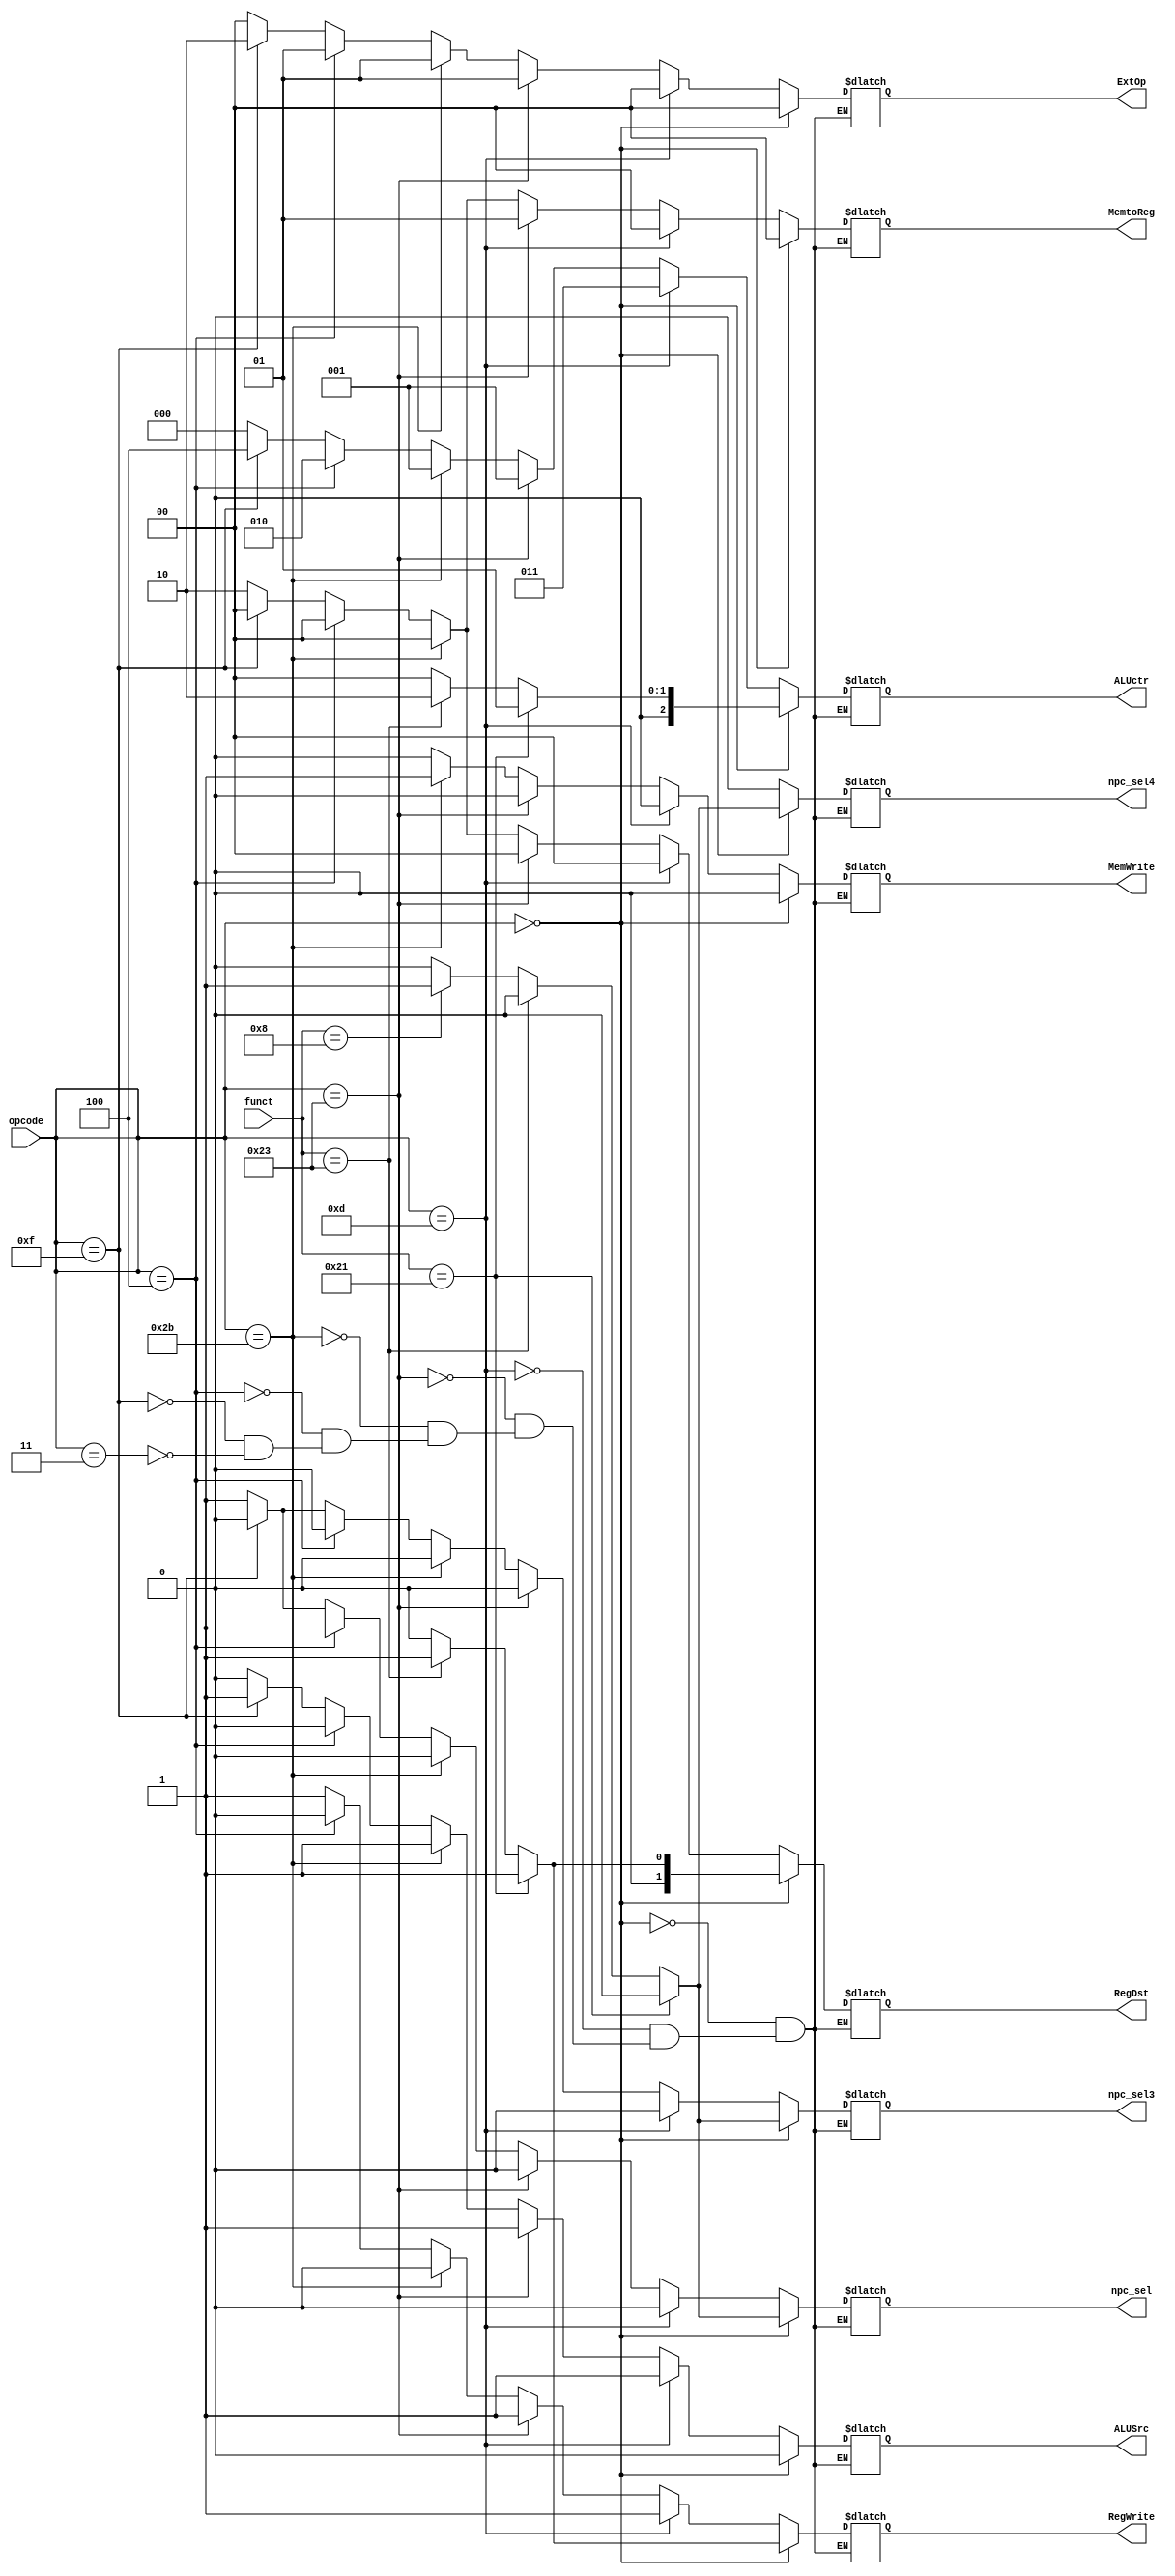
`timescale 1ns / 1ps
//////////////////////////////////////////////////////////////////////////////////
// Company: 
// Engineer: 
// 
// Design Name: 
// Module Name:    control 
// Project Name: 
// Target Devices: 
// Tool versions: 
// Description: 
//
// Dependencies: 
//
// Revision: 
// Revision 0.01 - File Created
// Additional Comments: 
//
//////////////////////////////////////////////////////////////////////////////////
module Control(opcode,funct,RegDst,ALUSrc,MemtoReg,RegWrite,MemWrite,npc_sel,ExtOp,ALUctr,npc_sel3,npc_sel4);
	input [5:0] opcode;
	input [5:0] funct;
	output [1:0] RegDst;
	output ALUSrc;
	output [1:0]MemtoReg;
	output RegWrite;
	output MemWrite;
	output npc_sel;
	output[1:0]ExtOp;
	output [2:0]ALUctr;
	output npc_sel3;
	output npc_sel4;
	reg [1:0] regdst1;
	reg alusrc1;
	reg [1:0]memtoreg1;
	reg regwrite1;
	reg memwrite1;
	reg pc1;
	reg [1:0] extop1;
	reg [2:0] aluctr1;
	reg pc2;
	reg pc3;
	initial begin
		regdst1=0;
		alusrc1=0;
		memtoreg1=0;
		regwrite1=0;
		memwrite1=0;
		pc1=0;
		extop1=0;
		aluctr1=0;
		pc2=0;
		pc3=0;
	end
	assign RegDst=regdst1;
	assign ALUSrc=alusrc1;
	assign MemtoReg= memtoreg1;
	assign RegWrite=regwrite1;
	assign MemWrite=memwrite1;
	assign npc_sel=pc1;
	assign ExtOp=extop1;
	assign ALUctr=aluctr1;
	assign npc_sel3=pc2;
	assign npc_sel4=pc3;
	
	always@(*) begin
		if(opcode==0) begin
			if(funct==33) begin
				regdst1<=1;
				alusrc1<=0;
				memtoreg1<=0;
				regwrite1<=1;
				memwrite1<=0;
				pc1<=0;
				extop1<=0;
				aluctr1<=1;
				pc2<=0;
				pc3<=0;
			end
			else if(funct==35) begin
				regdst1<=1;
				alusrc1<=0;
				memtoreg1<=0;
				regwrite1<=1;
				memwrite1<=0;
				pc1<=0;
				extop1<=0;
				aluctr1<=2;
				pc2<=0;
				pc3<=0;
			end
			else if(funct==8) begin
				regdst1<=0;
				alusrc1<=0;
				memtoreg1<=0;
				regwrite1<=0;
				memwrite1<=0;
				pc1<=1;
				extop1<=0;
				aluctr1<=0;
				pc2<=1;
				pc3<=1;
			end
			else begin
				regdst1<=0;
				alusrc1<=0;
				memtoreg1<=0;
				regwrite1<=0;
				memwrite1<=0;
				pc1<=0;
				extop1<=0;
				aluctr1<=0;
				pc2<=0;
				pc3<=0;
		end
		end
		
		else if(opcode==13) begin
				regdst1<=0;
				alusrc1<=1;
				memtoreg1<=0;
				regwrite1<=1;
				memwrite1<=0;
				pc1<=0;
				extop1<=0;
				aluctr1<=3;
				pc2<=0;
				pc3<=0;
		end
		else if(opcode==35) begin
				regdst1<=0;
				alusrc1<=1;
				memtoreg1<=1;
				regwrite1<=1;
				memwrite1<=0;
				pc1<=0;
				extop1<=1;
				aluctr1<=1;
				pc2<=0;
				pc3<=0;
		end
		else if(opcode==43) begin
				regdst1<=0;
				alusrc1<=1;
				memtoreg1<=0;
				regwrite1<=0;
				memwrite1<=1;
				pc1<=0;
				extop1<=1;
				aluctr1<=1;
				pc2<=0;
				pc3<=0;
		end
		else if(opcode==4) begin
				regdst1<=0;
				alusrc1<=0;
				memtoreg1<=0;
				regwrite1<=0;
				memwrite1<=0;
				pc1<=1;
				extop1<=1;
				aluctr1<=2;
				pc2<=0;
				pc3<=0;
		end
		else if(opcode==15) begin
				regdst1<=0;
				alusrc1<=1;
				memtoreg1<=0;
				regwrite1<=1;
				memwrite1<=0;
				pc1<=0;
				extop1<=2;
				aluctr1<=4;
				pc2<=0;
				pc3<=0;
		end
		else if(opcode==3) begin
				regdst1<=2;
				alusrc1<=0;
				memtoreg1<=2;
				regwrite1<=1;
				memwrite1<=0;
				pc1<=1;
				extop1<=0;
				aluctr1<=0;
				pc2<=1;
				pc3<=0;
		end
	end

endmodule